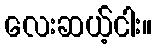
လေးဆယ့်ငါး။